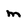
Character: m